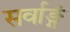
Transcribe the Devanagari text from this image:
सर्वाङ्गं